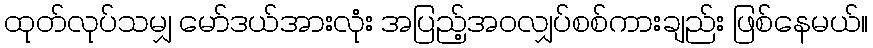
ထုတ်လုပ်သမျှ မော်ဒယ်အားလုံး အပြည့်အဝလျှပ်စစ်ကားချည်း ဖြစ်နေမယ်။